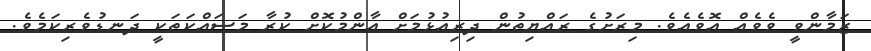
ޒަމާންވީ ވެވެއް އޮވެއެވެ. މިރަށުގެ ރައްޔިތުން ދިރިއުޅުމަށް އާންމުކޮށް ކުރާ މަސައްކަތަކީ ދަނޑުވެރިކަމެވެ.